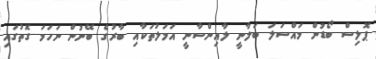
ޕޮލިސް ބޯޑުން މައްސަލަ ބަލާނީ ލާއިންސާނީ އަމަލުތަކާއި ބާރުގެ ބޭނުން ނަހަމަ ގޮތުގައި